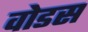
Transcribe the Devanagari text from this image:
वोडस